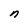
Character: n